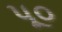
પૂ૦